First report of the anti-malarial operations at Mian Mir, 1901-1903 - Number 6
Year: 1901
Disease focus: Malaria
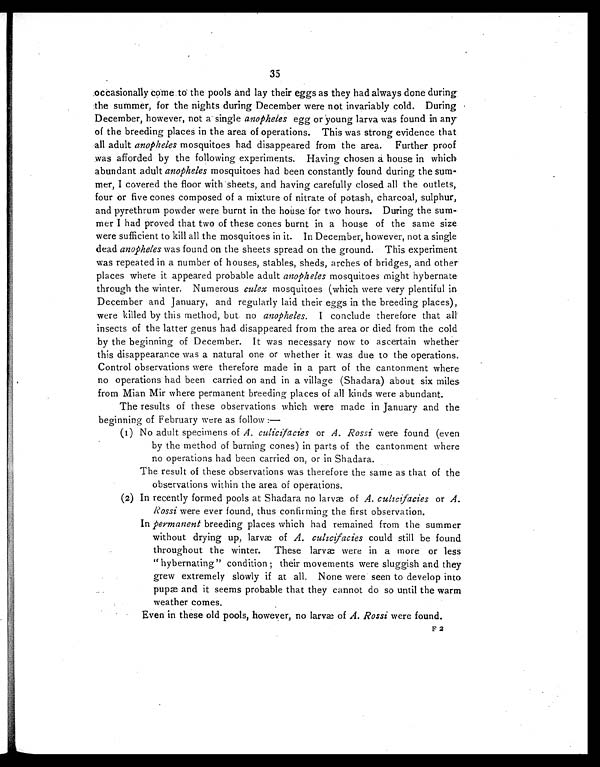
35
occasionally come to the pools and lay their eggs as they had always done during
the summer, for the nights during December were not invariably cold. During
December, however, not a single anopheles egg or young larva was found in any
of the breeding places in the area of operations. This was strong evidence that
all adult anopheles mosquitoes had disappeared from the area. Further proof
was afforded by the following experiments. Having chosen a house in which
abundant adult anopheles mosquitoes had been constantly found during the sum-
mer, I covered the floor with sheets, and having carefully closed all the outlets,
four or five cones composed of a mixture of nitrate of potash, charcoal, sulphur,
and pyrethrum powder were burnt in the housefor two hours. During the sum-
mer I had proved that two of these cones burnt in a house of the same size
were sufficient to kill all the mosquitoes in it. In December, however, not a single
dead anopheles was found on the sheets spread on the ground. This experiment
was repeated in a number of houses, stables, sheds, arches of bridges, and other
places where it appeared probable adult anopheles mosquitoes might hybernate
through the winter. Numerous culex mosquitoes (which were very plentiful in
December and January, and regularly laid their eggs in the breeding places),
were killed by this method, but no anopheles. I conclude therefore that all
insects of the latter genus had disappeared from the area or died from the cold
by the beginning of December. It was necessary now to ascertain whether
this disappearance was a natural one or whether it was due to the operations.
Control observations were therefore made in a part of the cantonment where
no operations had been carried on and in a village (Shadara) about six miles
from Mian Mir where permanent breeding places of all kinds were abundant.
The results of these observations which were made in January and the
beginning of February were as follow:—
(1) No adult specimens of A. culicifacies or A. Rossi were found (even
by the method of burning cones) in parts of the cantonment where
no operations had been carried on, or in Shadara.
The result of these observations was therefore the same as that of the
observations within the area of operations.
(2) In recently formed pools at Shadara no larvæ of A. culicifacies or A.
Rossi were ever found, thus confirming the first observation.
In permanent breeding places which had remained from the summer
without drying up, larvæ of A. culicifacies could still be found
throughout the winter. These larvæ were in a more or less
"hybernating" condition ; their movements were sluggish and they
grew extremely slowly if at all. None were seen to develop into
pupæ and it seems probable that they cannot do so until the warm
weather comes.
Even in these old pools, however, no larvæ of A. Rossi were found.
F2